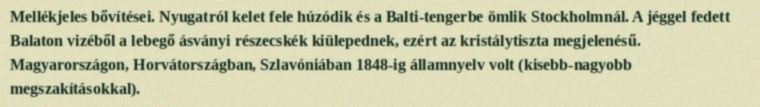
Mellékjeles bővítései. Nyugatról kelet fele húzódik és a Balti-tengerbe ömlik Stockholmnál. A jéggel fedett Balaton vizéből a lebegő ásványi részecskék kiülepednek, ezért az kristálytiszta megjelenésű. Magyarországon, Horvátországban, Szlavóniában 1848-ig államnyelv volt (kisebb-nagyobb megszakításokkal).